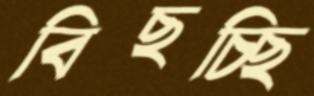
বিছচ্ছি